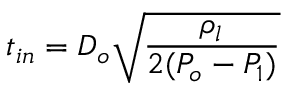
t _ { i n } = D _ { o } \sqrt { \frac { \rho _ { l } } { 2 ( P _ { o } - P _ { 1 } ) } }